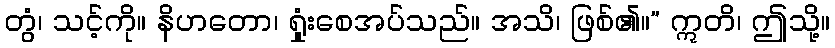
တွံ၊ သင့်ကို။ နိဟတော၊ ရှုံးစေအပ်သည်။ အသိ၊ ဖြစ်၏။” ဣတိ၊ ဤသို့။